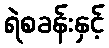
ရဲစခန်းနှင့်